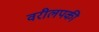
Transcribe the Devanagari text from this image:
वरीलपकी